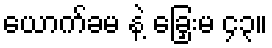
ယောက်ခမ နဲ့ ခြှေးမ ၄၃။